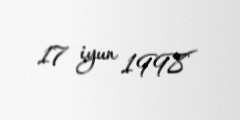
17 iyun 1998